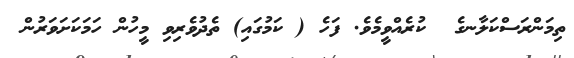
ތިމަންރަސްކަލާނގެ  ކުރެއްވީމެވެ. ފަހެ ( ކަމުގައި) ތެދުވެރިވި މީހުން ހަމަކަށަވަރުން